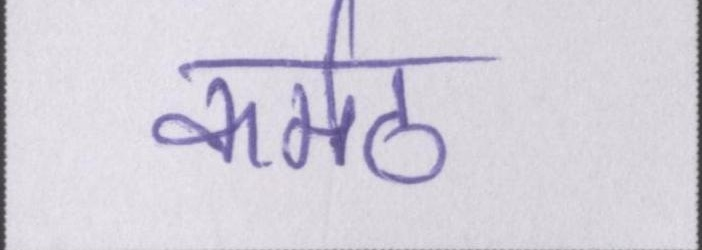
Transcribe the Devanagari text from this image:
कर्मठ